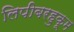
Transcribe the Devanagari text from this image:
लिपीबरहुकूम